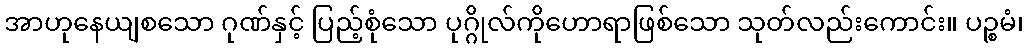
အာဟုနေယျစသော ဂုဏ်နှင့် ပြည့်စုံသော ပုဂ္ဂိုလ်ကိုဟောရာဖြစ်သော သုတ်လည်းကောင်း။ ပဉ္စမံ၊